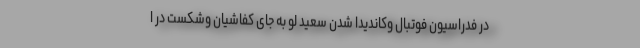
در فدراسیون فوتبال وکاندیدا شدن سعید لو به جای کفاشیان وشکست در ا